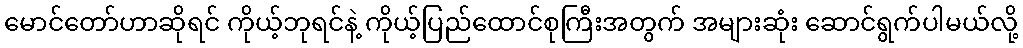
မောင်တော်ဟာဆိုရင် ကိုယ့်ဘုရင်နဲ့ ကိုယ့်ပြည်ထောင်စုကြီးအတွက် အများဆုံး ဆောင်ရွက်ပါမယ်လို့